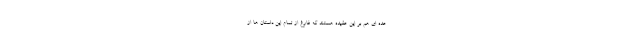
. .. عده ای هم بر این عقیده هستند که فارغ از تمام این داستان ها از